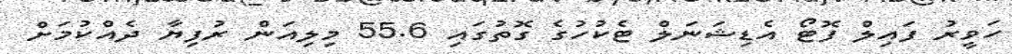
ހަވީރު ފައިލް ފޮޓޯ އެޑިޝަނަލް ޓެކުހުގެ ގޮތުގައި 55.6 މިލިއަން ރުފިޔާ ދެއްކުމަށް